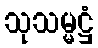
သုသမ္မဋ္ဌံ